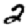
Digit: 2